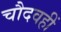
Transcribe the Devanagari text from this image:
चौदवहीं